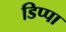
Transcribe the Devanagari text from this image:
डिप्पा